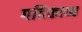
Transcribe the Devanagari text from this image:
गतिकाव्य